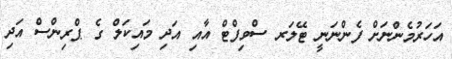
އަހަރުމެންނަށް ފެންނަނީ ޓޭލަރ ސްވިފްޓް އާއި އަދި މައިކަލް ގެ ޕްރިންސް އަދި